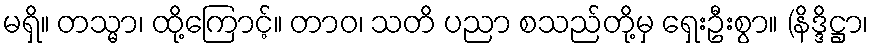
မရှိ။ တသ္မာ၊ ထို့ကြောင့်။ တာဝ၊ သတိ ပညာ စသည်တို့မှ ရှေးဦးစွာ။ (နိဒ္ဒိဋ္ဌာ၊